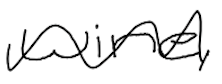
Text: wine,
Cross-out: wave
Writing tool: digital_black